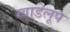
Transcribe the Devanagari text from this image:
ग्वाडेलूप